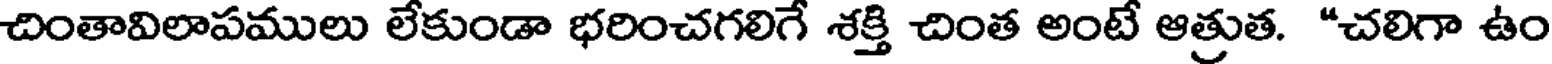
చింతావిలాపములు లేకుండా భరించగలిగే శక్తి చింత అంటే ఆత్రుత. "చలిగా ఉం